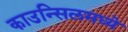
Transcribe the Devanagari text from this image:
काउन्सिलमध्ये